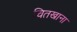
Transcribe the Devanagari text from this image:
चितखाना